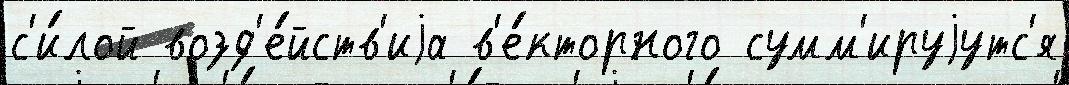
с'и́лой возд'е́йств'иjа в'е́кторного сумм'ируjутс'я